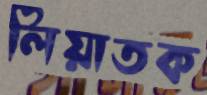
লিয়াতক